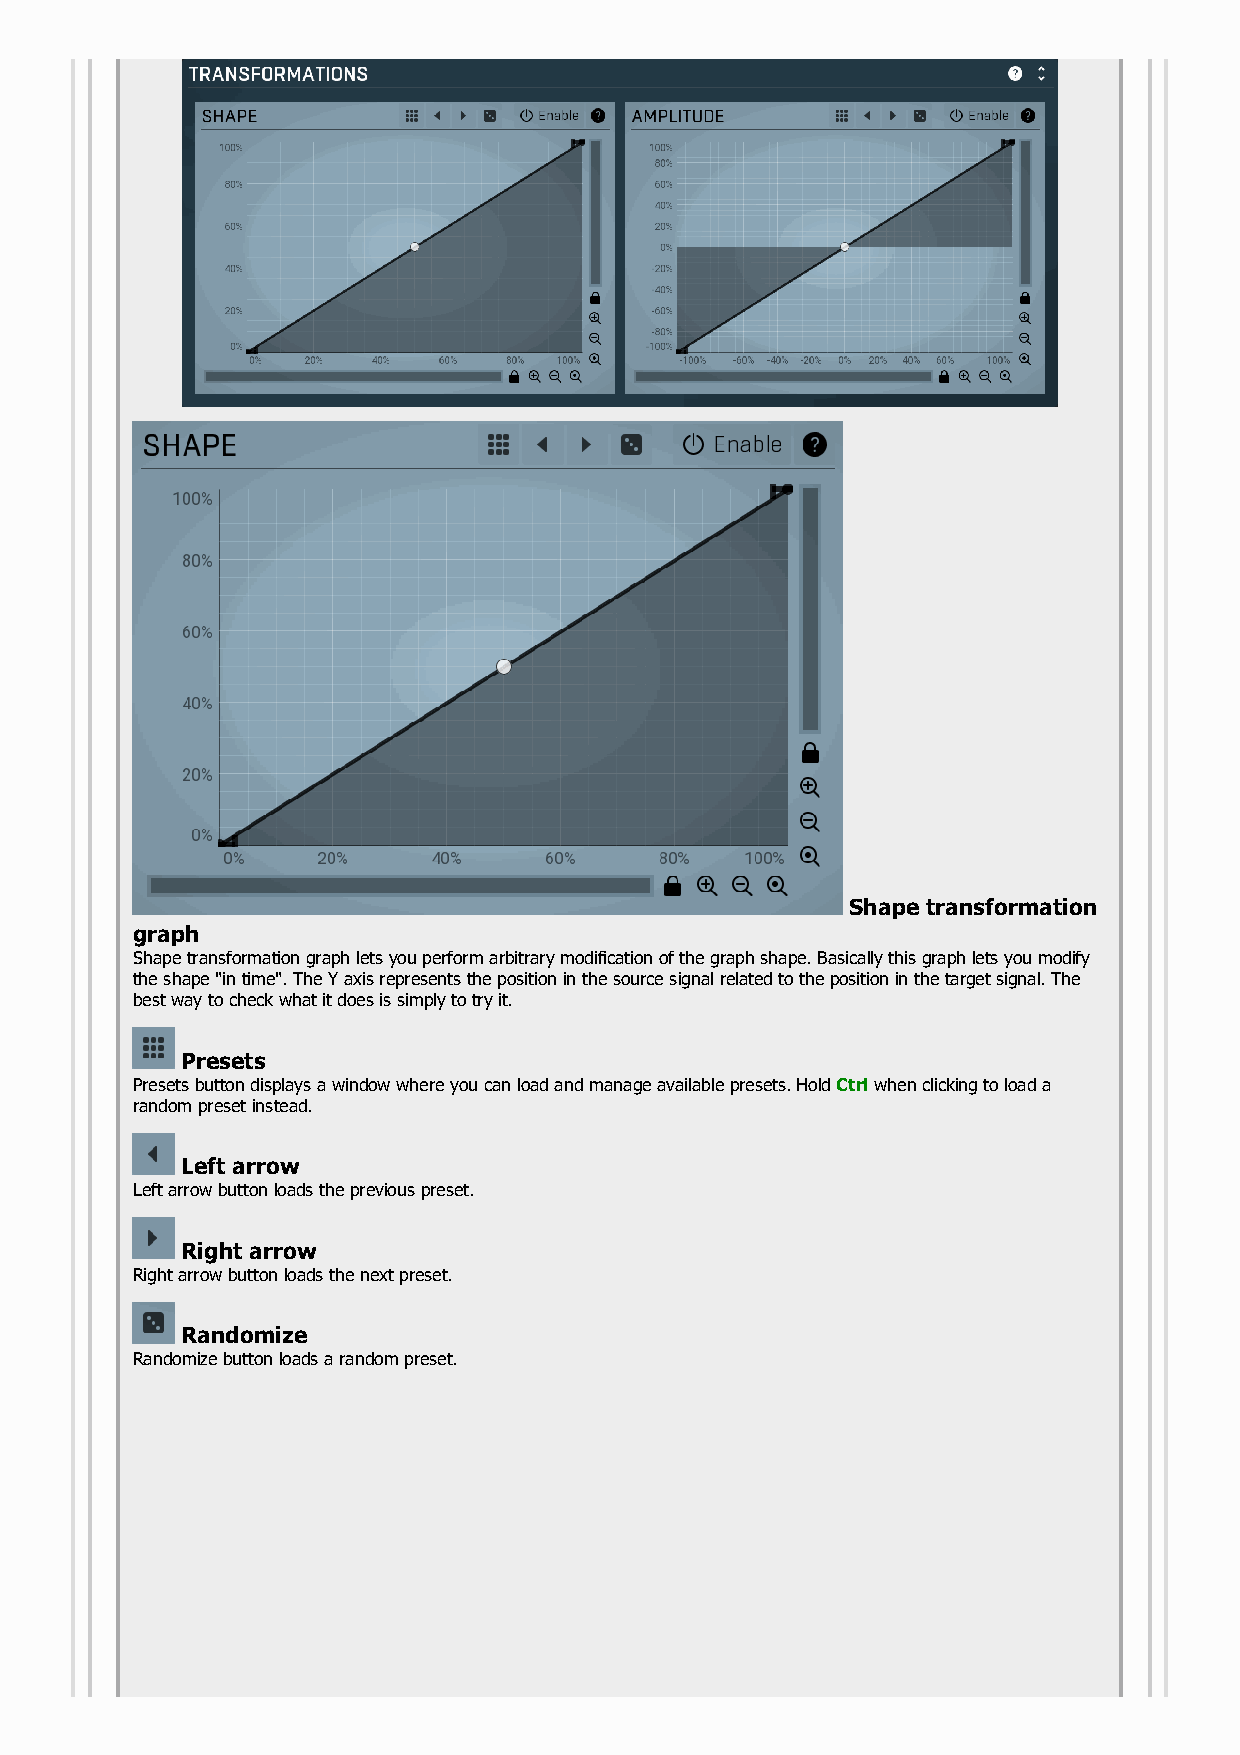
Shape transformation
 graph
 Shape transformation graph lets you perform arbitrary modification of the graph shape. Basically this graph lets you modify
 the shape "in time". The Y axis represents the position in the source signal related to the position in the target signal. The
 best way to check what it does is simply to try it.
 Presets
 Presets button displays a window where you can load and manage available presets. Hold Ctrl when clicking to load a
 random preset instead.
 Left arrow
 Left arrow button loads the previous preset.
 Right arrow
 Right arrow button loads the next preset.
 Randomize
 Randomize button loads a random preset.